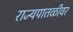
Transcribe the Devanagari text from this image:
राज्यपातळीवर